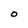
Character: O